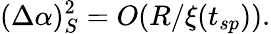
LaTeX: (\Delta\alpha)_{S}^{2}=O(R/\xi(t_{sp})).